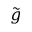
\tilde { g }